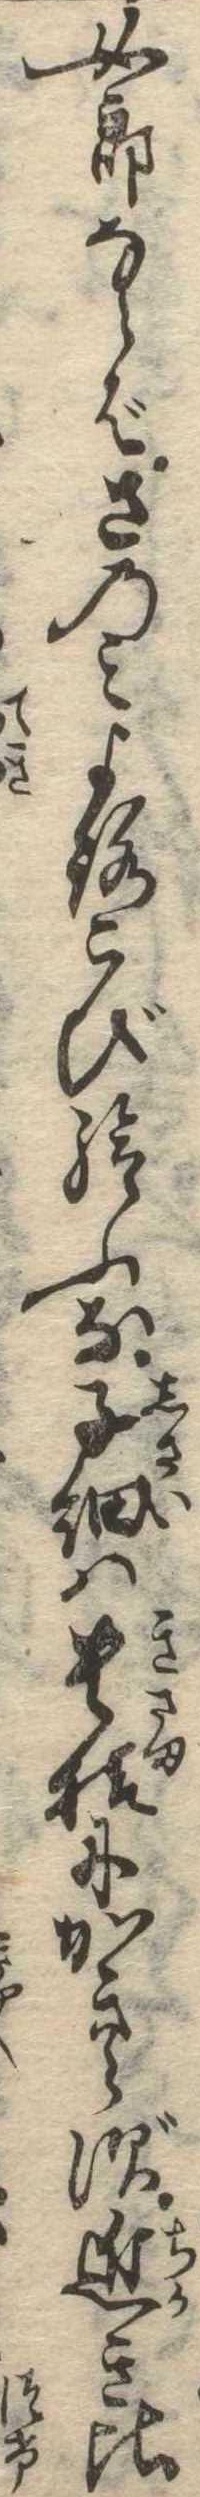
女郎ならばさのみよろこび給ふな子細は貴様にかきらず近き比